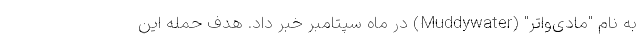
به نام "مادی‌واتر" (Muddywater) در ماه سپتامبر خبر داد. هدف حمله این